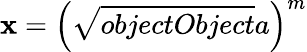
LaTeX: \mathbf{x}=\left({\sqrt{{{objectObject}}}{{a}}}\right)^{m}